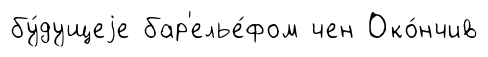
бу́дущеjе бар'елье́фом чен Око́нчив